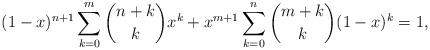
LaTeX: \begin{align*}(1-x)^{n+1} \sum_{k=0}^m {n+k\choose k} x^k +x^{m+1}\sum_{k=0}^n {m+k\choose k} (1-x)^k=1,\end{align*}